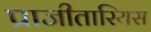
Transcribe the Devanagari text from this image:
प्राजीतारियस